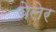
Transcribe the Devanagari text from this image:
वेलेर